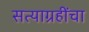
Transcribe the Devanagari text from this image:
सत्याग्रहींचा